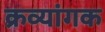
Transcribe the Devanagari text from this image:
क्रव्यांगक